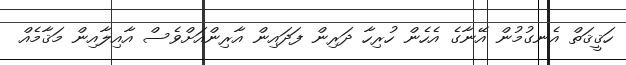
ހަޤީޤަތް އެނގުމުން އޭނާގެ އެހެން ހުރިހާ ދަރިން ފަދައިން އާރިންއަށްވެސް އާއިލާއިން މަޤާމެއް